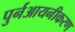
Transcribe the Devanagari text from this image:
पुर्नआयनीकरण